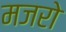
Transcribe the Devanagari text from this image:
मजरो